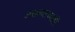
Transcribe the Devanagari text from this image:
असल्याच्याही